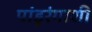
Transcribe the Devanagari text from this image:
पांडुरंगाशी